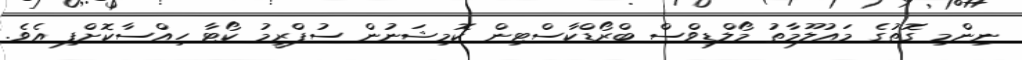
ނިންމި ގޮތުގެ މައުލޫމާތު މޯލްޑިވްސް ބްރޯޑްކާސްޓިން ކޮމިޝަނުން ސުޕްރީމު ކޯޓާ ހިއްސާކޮށްފި އެވެ.